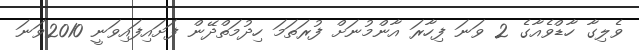
ވެލިގާ ހާޑްވެއާގެ 2 ވަނަ ފިހާރަ އާންމުނަށް ފުރަތަމަ ހިދުމަތްދޭން ފަށައިފައިވަނީ 2010ވަނަ